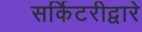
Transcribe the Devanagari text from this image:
सर्किटरीद्वारे